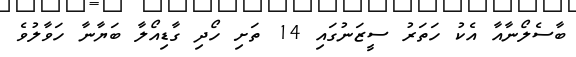
ބާސެލޯނާއާ އެކު ހަތަރު ސީޒަނުގައި 14 ތަށި ހޯދި ގާޑިއޯލާ ބަޔާނާ ހަވާލުވެ